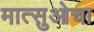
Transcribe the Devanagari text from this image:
मात्सुओचा